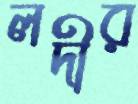
লদীর